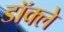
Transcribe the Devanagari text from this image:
डॉक्ले